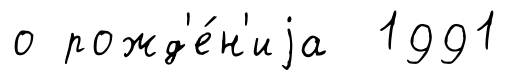
о рожд'е́н'иjа 1991